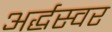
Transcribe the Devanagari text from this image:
अर्द्धस्वर